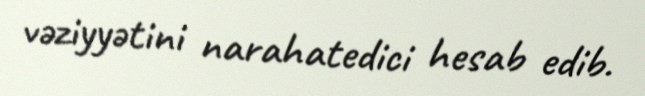
vəziyyətini narahatedici hesab edib.